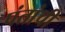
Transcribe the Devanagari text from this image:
पंतांची